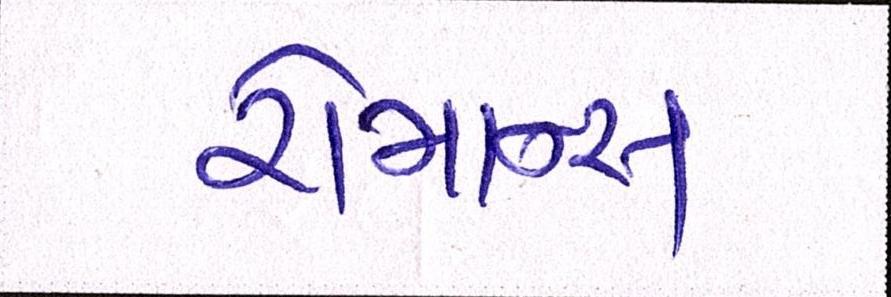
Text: રોમાન્સ